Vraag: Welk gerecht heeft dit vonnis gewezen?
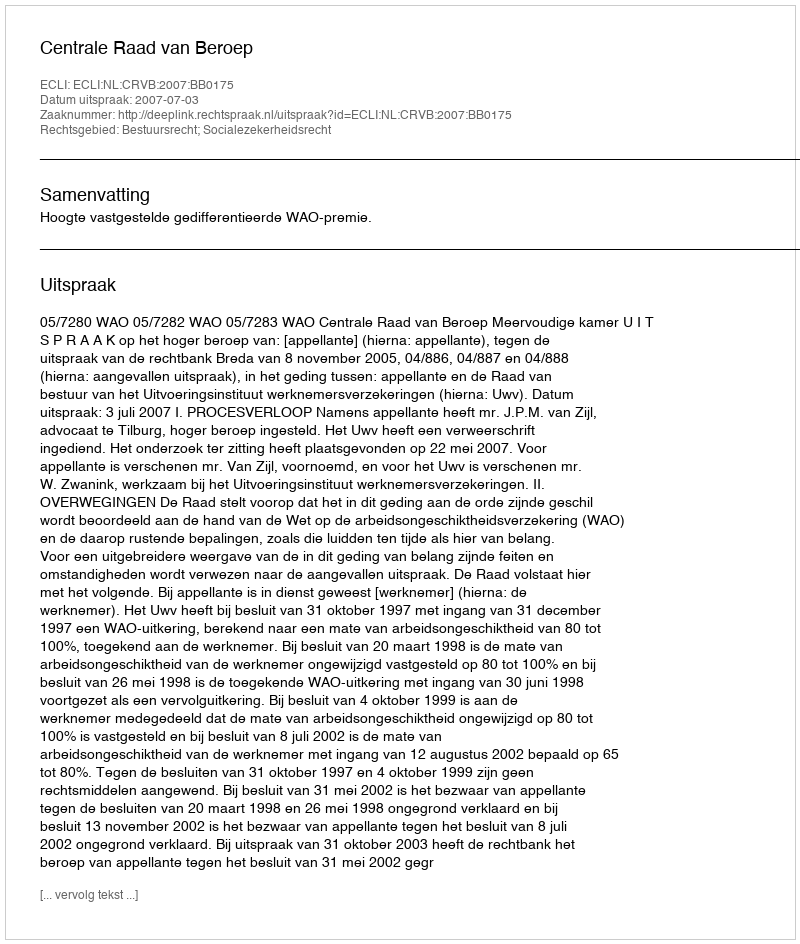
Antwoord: Centrale Raad van Beroep